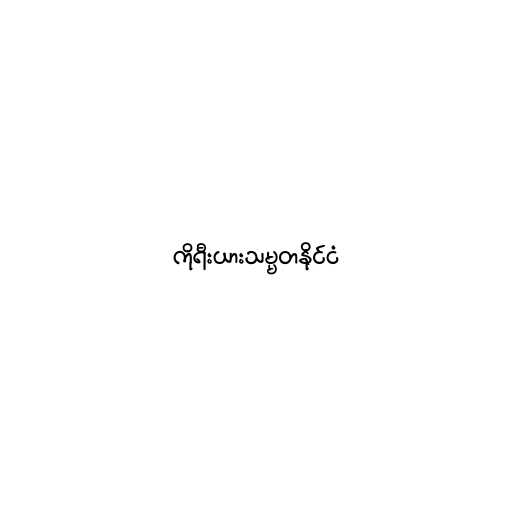
ကိုရီးယားသမ္မတနိုင်ငံ